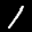
Label: 1